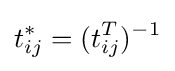
t_{ij}^{*}=(t_{ij}^{T})^{-1}